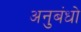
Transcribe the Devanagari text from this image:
अनुबंधो